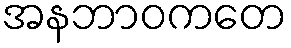
အနဘာဝကတေ